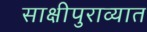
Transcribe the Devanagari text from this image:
साक्षीपुराव्यात